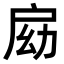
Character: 𢩃